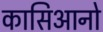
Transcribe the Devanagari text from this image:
कासिआनो